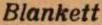
Blankett